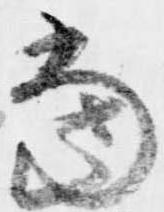
当